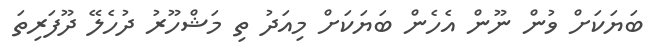
ބަޔަކަށް ވުން ނޫން އެހެން ބަޔަކަށް މިއަދު ތި މަޝްހޫރު ދުހެލޭ ދޫފަރިތަ